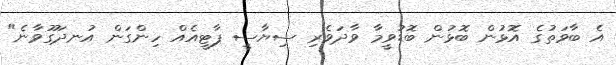
އެ ބާވަތުގެ އޮޅުން ބޮޅުން ބޮޑުވީމާ ވާދަވެރި ސިޔާސީ ޕާޓީއެއް ހިންގަން އުނދަގޫވާނެ"